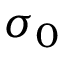
\sigma _ { 0 }